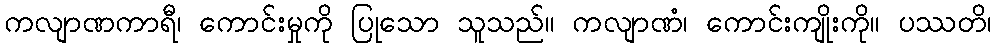
ကလျာဏကာရီ၊ ကောင်းမှုကို ပြုသော သူသည်။ ကလျာဏံ၊ ကောင်းကျိုးကို။ ပဿတိ၊